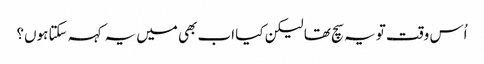
اُس وقت تو یہ سچ تھا لیکن کیا اب بھی میں یہ کہہ سکتا ہوں؟